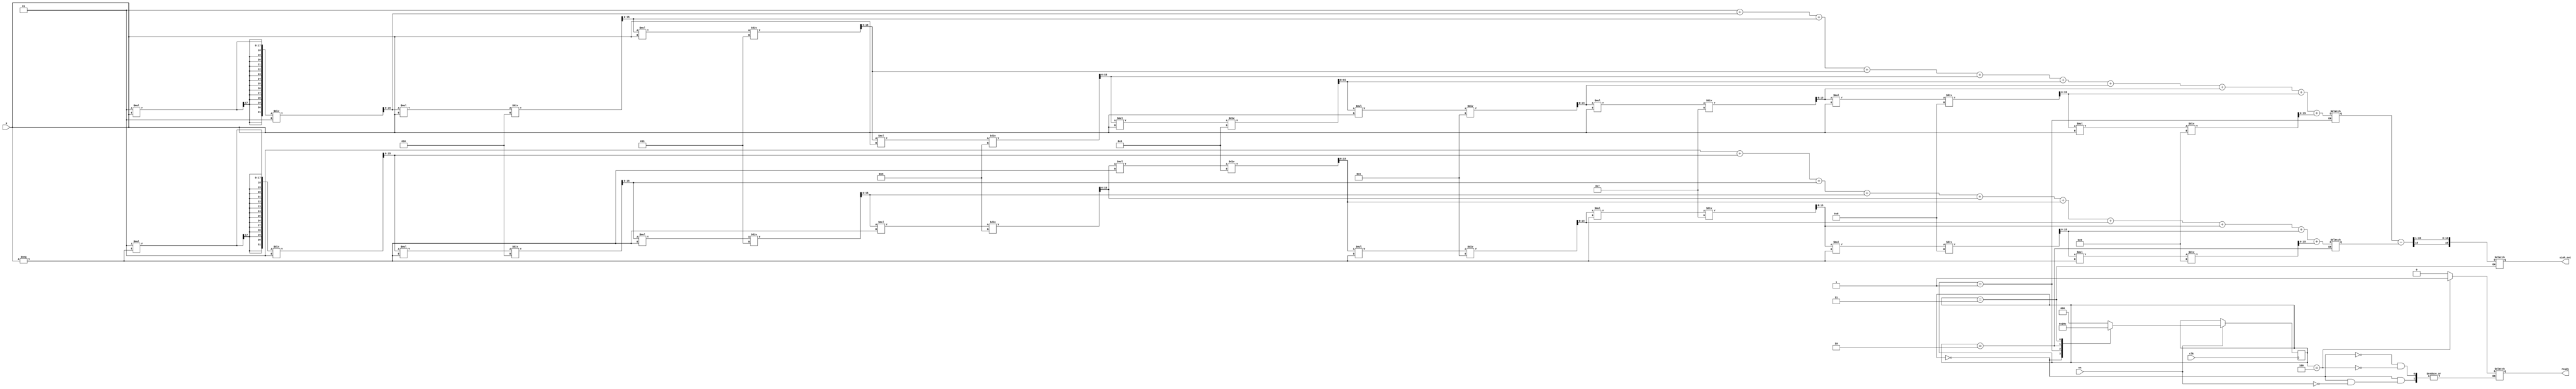
module sinh_arithmetic_block #(
    parameter N = 16, // Input bit width
    parameter M = 16  // Output bit width
)(
    input wire clk,
    input wire en,
    input wire signed [N-1:0] x, // Input value (fixed-point)
    output reg signed [M-1:0] sinh_out, // Output value
    output reg ready // Output valid signal
);

    reg signed [N-1:0] exp_x; // e^x
    reg signed [N-1:0] exp_neg_x; // e^(-x)
    reg signed [N-1:0] temp_result; // Temporary result for calculations
    reg [2:0] state; // State for FSM
    reg [2:0] next_state; // Next state for FSM

    // State encoding
    localparam IDLE = 3'd0,
               COMPUTE_EXP = 3'd1,
               COMPUTE_NEG_EXP = 3'd2,
               COMPUTE_RESULT = 3'd3,
               DONE = 3'd4;

    // Simple Taylor series approximation for e^x
    function signed [N-1:0] exp_approx(input signed [N-1:0] val);
        reg signed [N-1:0] result;
        reg signed [N-1:0] term;
        integer i;
        begin
            result = 0;
            term = 1; // 0! = 1
            for (i = 0; i < 10; i = i + 1) begin // 10 terms for approximation
                result = result + term;
                term = (term * val) / (i + 1); // term = val^i / i!
            end
            exp_approx = result;
        end
    endfunction

    // FSM for controlling the computation
    always @(posedge clk) begin
        if (en) begin
            state <= next_state;
        end
    end

    always @(*) begin
        case (state)
            IDLE: begin
                if (en) begin
                    next_state = COMPUTE_EXP;
                    ready = 0;
                end else begin
                    next_state = IDLE;
                end
            end
            COMPUTE_EXP: begin
                exp_x = exp_approx(x);
                next_state = COMPUTE_NEG_EXP;
            end
            COMPUTE_NEG_EXP: begin
                exp_neg_x = exp_approx(-x);
                next_state = COMPUTE_RESULT;
            end
            COMPUTE_RESULT: begin
                temp_result = exp_x - exp_neg_x; // e^x - e^(-x)
                sinh_out = temp_result >>> 1; // Divide by 2 (right shift)
                next_state = DONE;
            end
            DONE: begin
                ready = 1; // Output is valid
                next_state = IDLE; // Go back to idle
            end
            default: next_state = IDLE;
        endcase
    end

endmodule